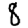
Digit: 8